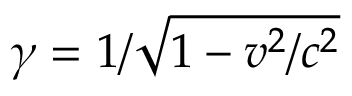
\gamma = 1 / { \sqrt { 1 - v ^ { 2 } / c ^ { 2 } } }